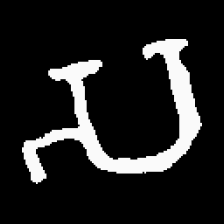
Pyu character \u2014 Myanmar letter: သ (romanized: sa)